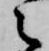
之